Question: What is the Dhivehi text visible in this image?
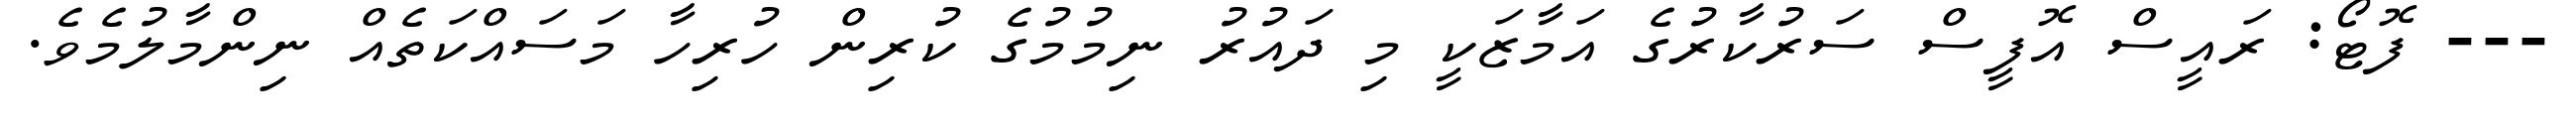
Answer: --- ފޮޓޯ: ރައީސް އޮފީސް ސަރުކާރުގެ އަމާޒަކީ މި ދައުރު ނިމުމުގެ ކުރިން ހުރިހާ މަސައްކަތެއް ނިންމާލުމެވެ.